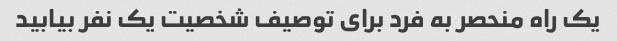
یک راه منحصر به فرد برای توصیف شخصیت یک نفر بیابید